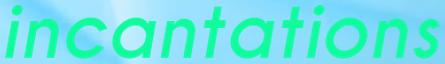
incantations